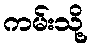
ကမ်းသို့